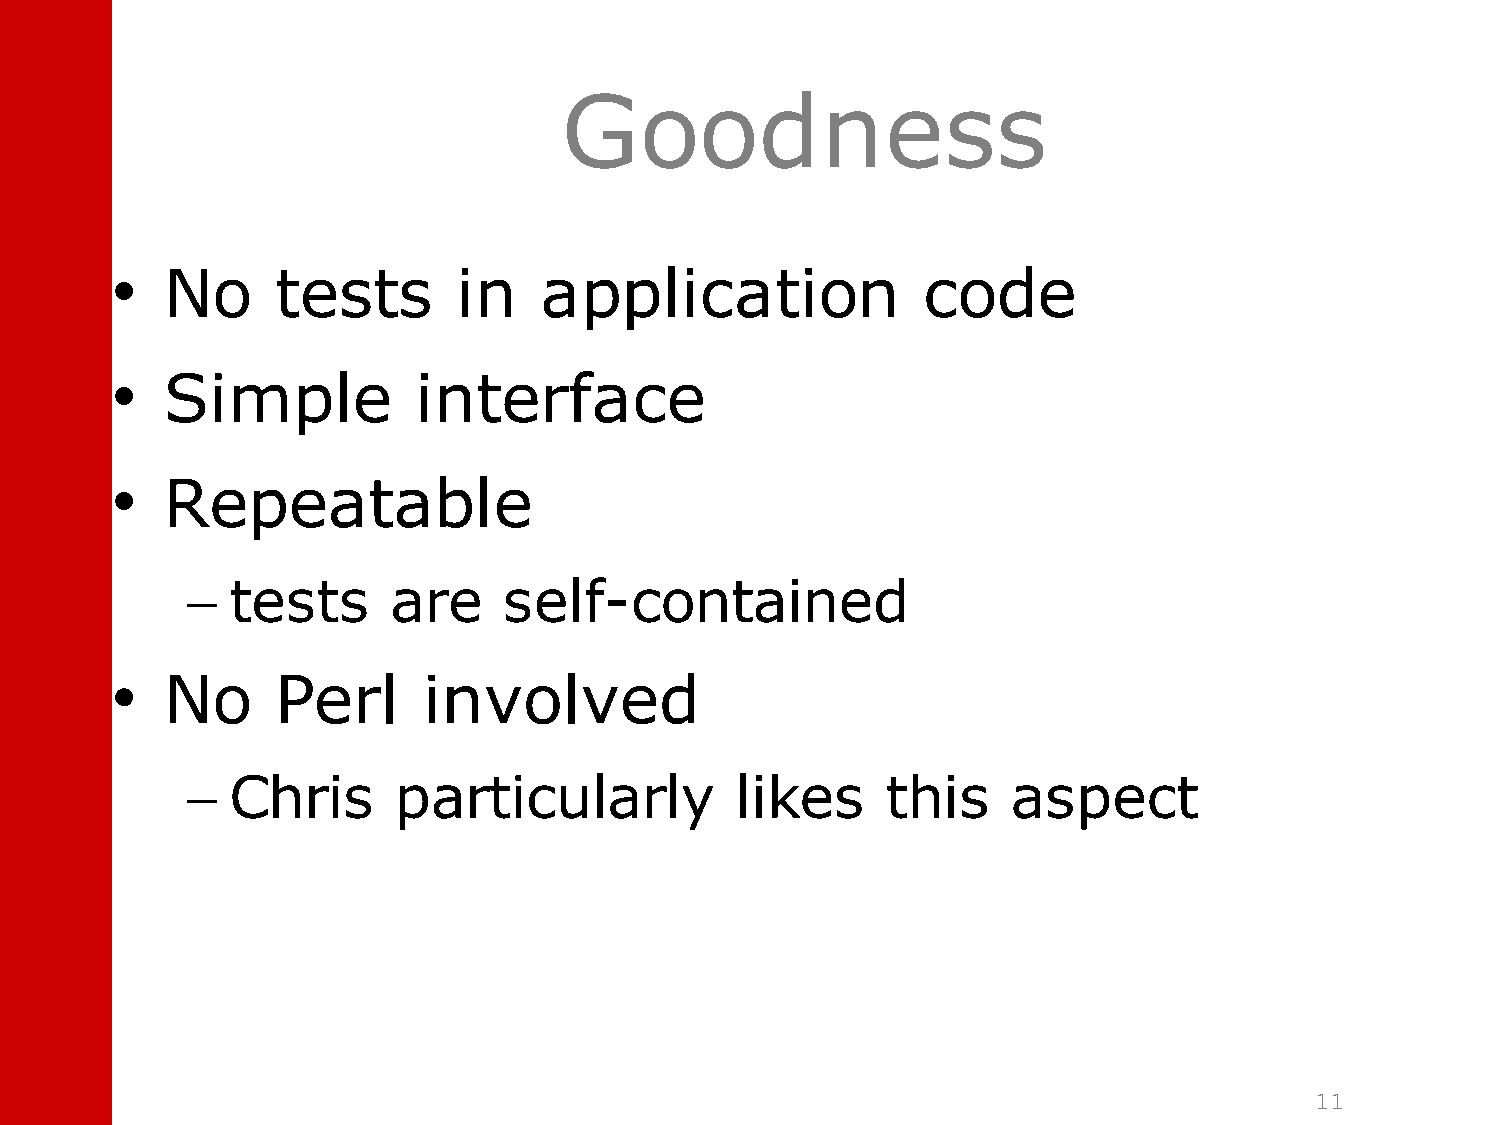
Goodness
 •   No     tests       in    application              code
 •   Simple          interface
 •   Repeatable
 –  tests      are    self-contained
 •   No     Perl      involved
 –  Chris      particularly           likes     this    aspect
 11